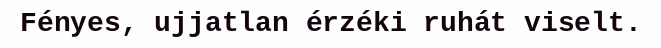
Fényes, ujjatlan érzéki ruhát viselt.